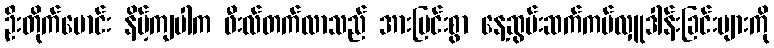
ဦးတိုက်မောင်း နိမ့်ကျပါက ဖီးလ်တက်လာသည် အားပြင်းစွာ နေ့ဆွမ်းဆက်ကပ်လှူဒါန်းခြင်းများကို